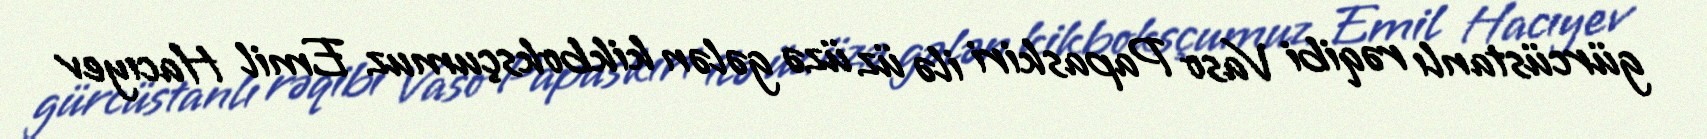
gürcüstanlı rəqibi Vaso Papaskiri ilə üz üzə gələn kikboksçumuz Emil Hacıyev